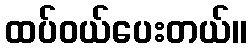
ထပ်ဝယ်ပေးတယ်။